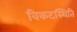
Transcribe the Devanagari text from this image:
विकटस्थिति